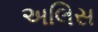
અલિસ